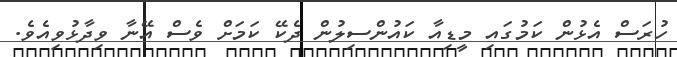
ހުރަސް އެޅުން ކަމުގައި މީޑިއާ ކައުންސިލުން ދެކޭ ކަމަށް ވެސް އޭނާ ވިދާޅުވިއެވެ.